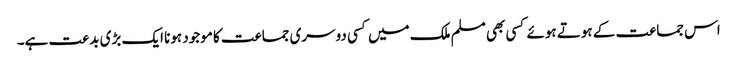
اس جماعت کے ہوتے ہوئے کسی بھی مسلم ملک میں کسی دوسری جماعت کا موجود ہونا ایک بڑی بدعت ہے۔